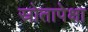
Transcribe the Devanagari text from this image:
स्रोतापेक्षा